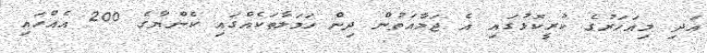
އަދި މިއަހަރުގެ ކުރީކޮޅުގައި އެ ޖަމާއަތުން ދިން ހަމަލާތަކެއްގައި ކެންޔާގެ 200 އެއްހައި